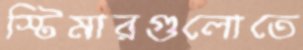
স্টিমারগুলোতে